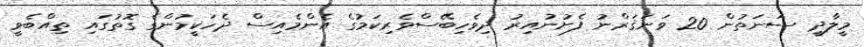
މީލާދީ ސަނަތުން 20 ވަނަޤަރްނު ފެށުނުއިރު ދިވެހިބޭސްވެރިކަމުގެ އެންމެއިސް ދެހަކީމުންގެ ގޮތުގައި ތިއްބެވީ